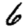
Digit: 6